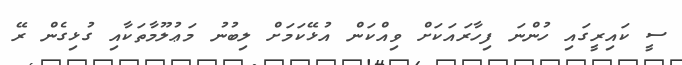
ސީ ކައިރީގައި ހުންނަ ފިހާރައަކަށް ވިއްކަން އުޅޭކަމަށް ލިބުނު މަޢުލޫމާތަކާއި ގުޅިގެން ރޭ